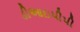
ડીઆઇપીપી